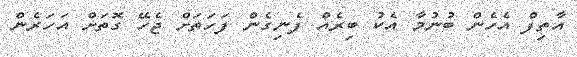
އާތިފް އެހެން ބުނުމާ އެކު ބިރެއް ފެނިގެން ފަހަތަށް ޖެހޭ ގޮތަށް އަހަރެން